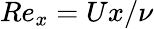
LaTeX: {Re}_{x}=Ux/\nu